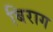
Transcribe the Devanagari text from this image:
बिराग